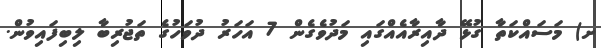
ށ) މަސައްކަތާ ގުޅޭ ދާއިރާއެއްގައި މަދުވެގެން 7 އަހަރު ދުވަހުގެ ތަޖުރިބާ ލިބިފައިވުން.